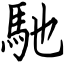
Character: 馳